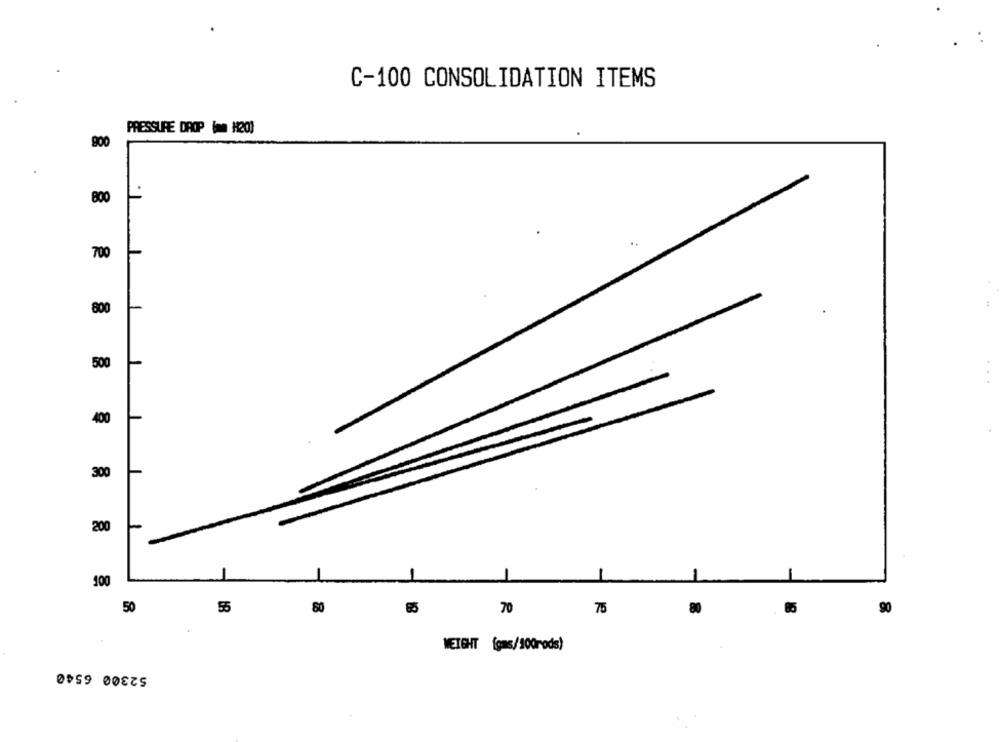
C-100 CONSOLIDATION ITEMS
PRESSURE DROP ( == H20)
900
800
700
800
500
400
300
-
200
100
50
55
80
90
65
70
75
80
WEIGHT (gas/100rods)
52300 6540